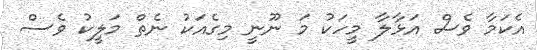
އެކަމާ ވެސް އަޅާލާ މީހަކު މަ ނޫނީ މިގެއަކު ނެތް މަލީކު ވެސް